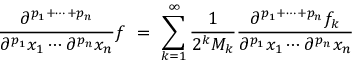
{ \frac { \partial ^ { p _ { 1 } + \cdots + p _ { n } } } { \partial ^ { p _ { 1 } } x _ { 1 } \cdots \partial ^ { p _ { n } } x _ { n } } } f ~ = ~ \sum _ { k = 1 } ^ { \infty } { \frac { 1 } { 2 ^ { k } M _ { k } } } { \frac { \partial ^ { p _ { 1 } + \cdots + p _ { n } } f _ { k } } { \partial ^ { p _ { 1 } } x _ { 1 } \cdots \partial ^ { p _ { n } } x _ { n } } }